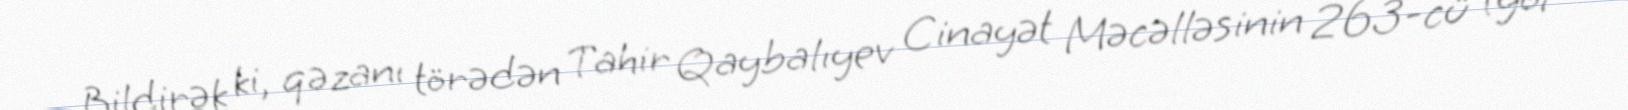
Bildirək ki, qəzanı törədən Tahir Qaybalıyev Cinayət Məcəlləsinin 263-cü (yol